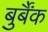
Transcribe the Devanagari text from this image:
बुर्बैंक